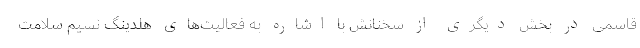
قاسمی در بخش دیگری از سخنانش با اشاره به فعالیت‌های هلدینگ نسیم سلامت